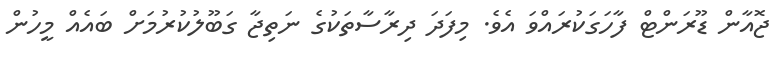
ޖޮއާން ޑޫރަންޓް ފާހަގަކުރައްވަ އެވެ. މިފަދަ ދިރާސާތަކުގެ ނަތިޖާ ގަބޫލުކުރުމަށް ބައެއް މީހުން